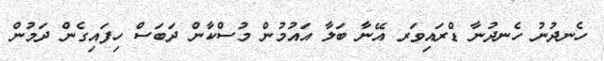
ހެނދުނު ހެނދުނާ ޑްރައިވަރ އޭނާ ބަލާ އައުމުން މުސްކާން ދަބަސް ހިފައިގެން ދަމުން